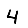
Digit: 4